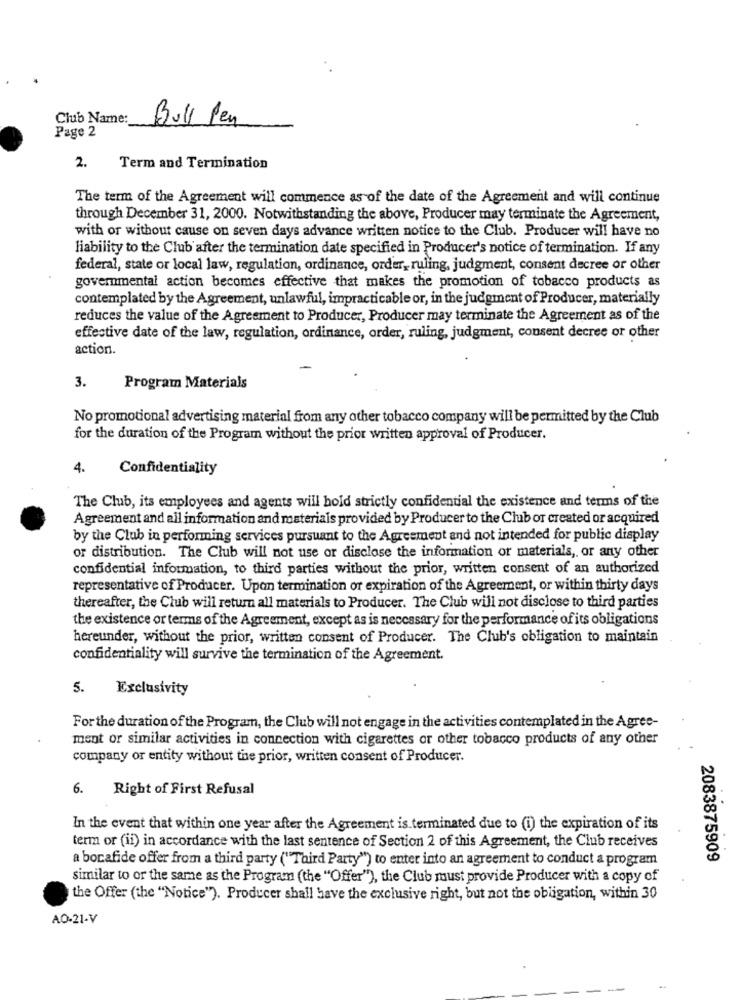
Club Name:
Page 2
Bull Pen
2.
Term and Termination
The term of the Agreement will commence as of the date of the Agreement and will continue
through December 31, 2000. Notwithstanding the above, Producer may terminate the Agreement,
with or without cause on seven days advance written notice to the Club. Producer will have no
liability to the Club after the termination date specified in Producer's notice of termination. If any
federal, state or local law, regulation, ordinance, order, ruling, judgment, consent decree or other
governmental action becomes effective that makes the promotion of tobacco products as
contemplated by the Agreement, unlawful, impracticable or, in the judgment of Producer, materially
reduces the value of the Agreement to Producer, Producer may terminate the Agreement as of the
effective date of the law, regulation, ordinance, order, ruling, judgment, consent decree or other
action.
3.
Program Materials
No promotional advertising material from any other tobacco company will be permitted by the Club
for the duration of the Program without the prior written approval of Producer.
4.
Confidentiality
The Club, its employees and agents will hold strictly confidential the existence and terms of the
Agreement and all information and materials provided by Producer to the Club or created or acquired
by the Club in performing services pursuant to the Agreement and not intended for public display
or distribution. The Club will not use or disclose the information or materials ,, or any other
confidential information, to third parties without the prior, written consent of an authorized
representative of Producer. Upon termination or expiration of the Agreement, or within thirty days
thereafter, the Club will return all materials to Producer. The Club will not disclose to third parties
the existence or terms of the Agreement, except as is necessary for the performance of its obligations
hereunder, without the prior, written consent of Producer. The Club's obligation to maintain
confidentiality will survive the termination of the Agreement.
5.
Exclusivity
For the duration of the Program, the Club will not engage in the activities contemplated in the Agree-
ment or similar activities in connection with cigarettes or other tobacco products of any other
company or entity without the prior, written consent of Producer.
6. Right of First Refusal
In the event that within one year after the Agreement is terminated due to (i) the expiration of its
term or (ii) in accordance with the last sentence of Section 2 of this Agreement, the Club receives
a bocafide offer from a third party ("Third Party") to enter into an agreement to conduct a program
2083875909
similar to or the same as the Program (the "Offer"), the Club must provide Producer with a copy of
the Offer (the "Notice"). Producer shall have the exclusive right, but not the obligation, within 30
AO-21-V